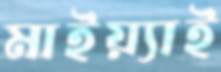
মাইয়্যাই